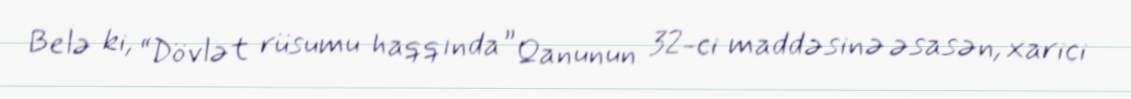
Belə ki, “Dövlət rüsumu haqqında” Qanunun 32-ci maddəsinə əsasən, xarici